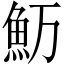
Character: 𱆤